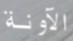
الآونة